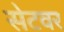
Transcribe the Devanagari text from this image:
सेटवर